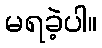
မရခဲ့ပါ။